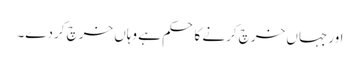
اور جہاں خرچ کرنے کا حکم ہے وہاں خرچ کردے۔